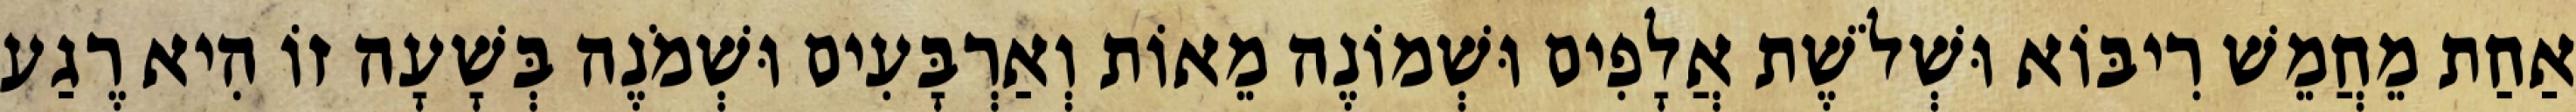
אַחַת מֵחֲמֵשׁ רִיבּוֹא וּשְׁלֹשֶׁת אֲלָפִים וּשְׁמוֹנֶה מֵאוֹת וְאַרְבָּעִים וּשְׁמֹנֶה בְּשָׁעָה זוֹ הִיא רֶגַע